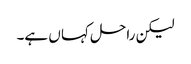
لیکن راحل کہا ں ہے۔